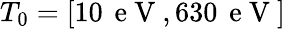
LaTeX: T_{0}=[10\, \mathrm{~e~V~},630\, \mathrm{~e~V~}]